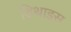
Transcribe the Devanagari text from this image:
डिथाइस